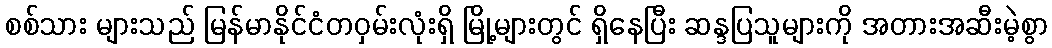
စစ်သား များသည် မြန်မာနိုင်ငံတဝှမ်းလုံးရှိ မြို့များတွင် ရှိနေပြီး ဆန္ဒပြသူများကို အတားအဆီးမဲ့စွာ